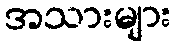
အသားများ